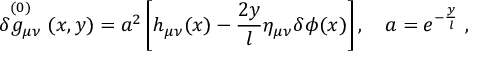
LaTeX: \stackrel { ( 0 ) } { \delta g _ { \mu \nu } } ( x , y ) = a ^ { 2 } \left[ h _ { \mu \nu } ( x ) - \frac { 2 y } { l } \eta _ { \mu \nu } \delta \phi ( x ) \right] , \quad a = e ^ { - \frac { y } { l } } \ ,